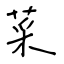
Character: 菜